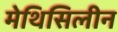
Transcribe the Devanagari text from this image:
मेथिसिलीन